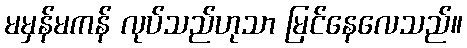
မမှန်မကန် လုပ်သည်ဟုသာ မြင်နေလေသည်။